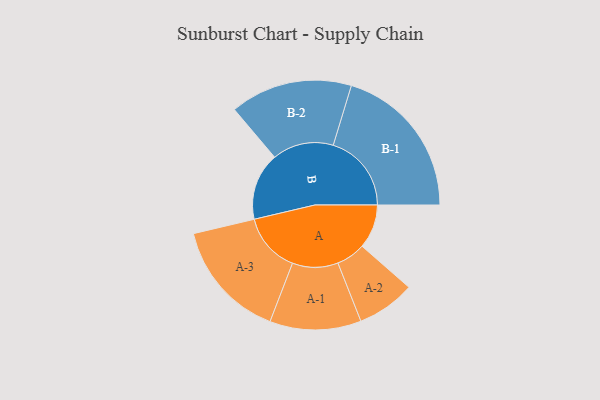
{"axis": {"x": "Segment", "y": "Value"}, "legend": ["", "A", "B"], "data": [{"x": "A", "y": 168, "type": ""}, {"x": "B", "y": 257, "type": ""}, {"x": "A-1", "y": 174, "type": "A"}, {"x": "A-2", "y": 111, "type": "A"}, {"x": "A-3", "y": 227, "type": "A"}, {"x": "B-1", "y": 298, "type": "B"}, {"x": "B-2", "y": 233, "type": "B"}]}